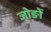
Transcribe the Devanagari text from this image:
जोङों